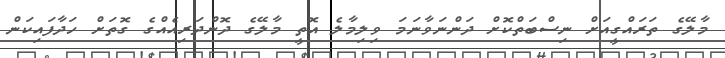
މާލޭގެ ތަރައްގީއަށް ނިސްބަތްކޮށް ދަންނަވާނަމަ ވިލިމާލެ އޮތީ މާލޭގެ ދޮންދަރިއެއްގެ ގޮތަށް ހަދާފައިކަން